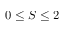
0 \le S \le 2